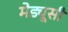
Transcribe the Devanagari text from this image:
मेड्यूसी